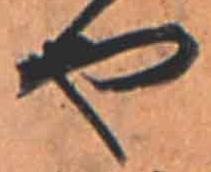
や